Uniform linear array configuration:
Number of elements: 16
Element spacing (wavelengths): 0.25
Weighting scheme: binomial
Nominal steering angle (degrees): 45
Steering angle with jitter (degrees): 43.926
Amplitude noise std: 0.05
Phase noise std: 0.05

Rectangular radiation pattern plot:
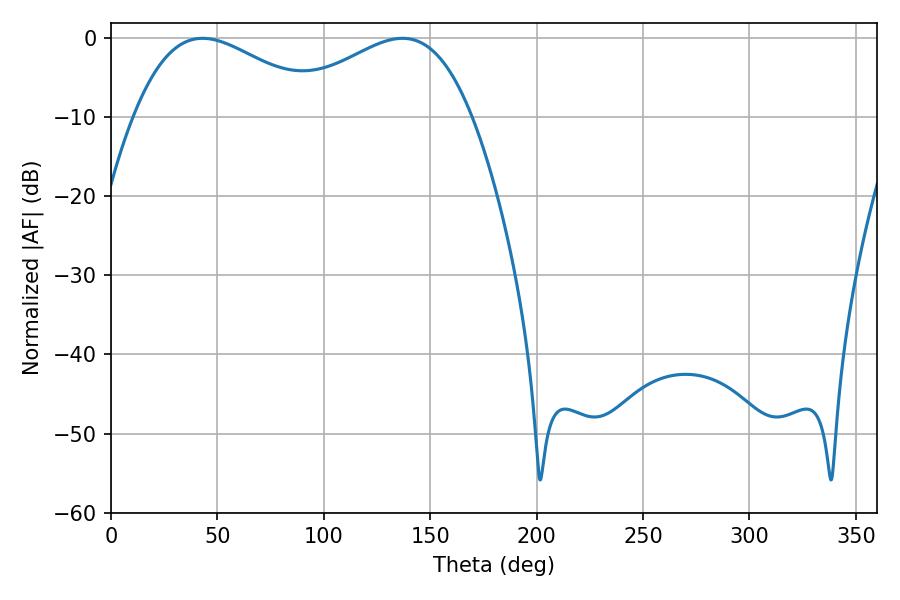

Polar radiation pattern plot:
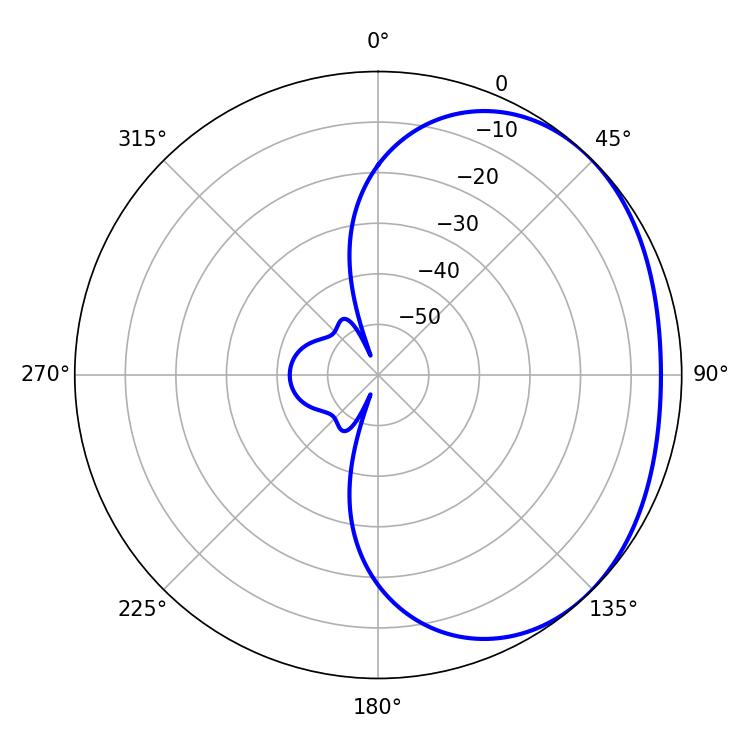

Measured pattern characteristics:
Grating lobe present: FALSE
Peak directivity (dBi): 2.003
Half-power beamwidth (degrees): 48.78
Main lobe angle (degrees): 43.02